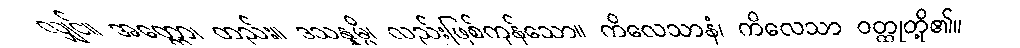
လျှင်။ အတ္ထော၊ တည်း။ ဒသန္နမ္ပိ၊ လည်းဖြစ်ကုန်သော။ ကိလေသာနံ၊ ကိလေသာ ဝတ္ထုတို့၏။